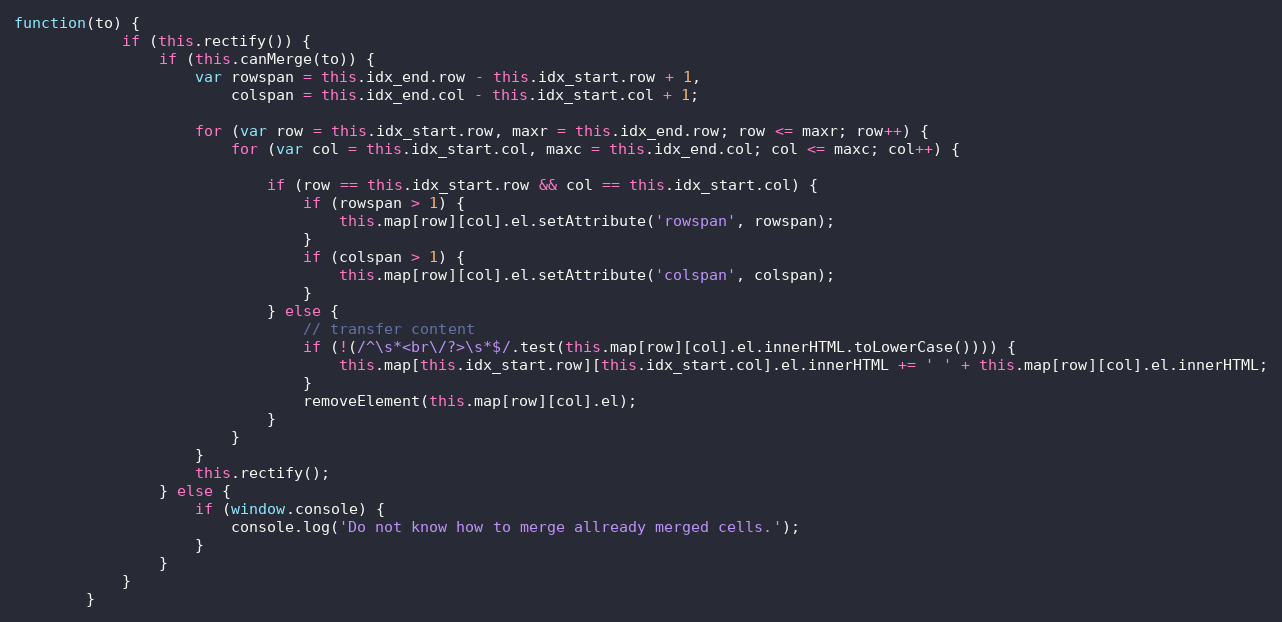
Language: JavaScript
function(to) {
            if (this.rectify()) {
                if (this.canMerge(to)) {
                    var rowspan = this.idx_end.row - this.idx_start.row + 1,
                        colspan = this.idx_end.col - this.idx_start.col + 1;

                    for (var row = this.idx_start.row, maxr = this.idx_end.row; row <= maxr; row++) {
                        for (var col = this.idx_start.col, maxc = this.idx_end.col; col <= maxc; col++) {

                            if (row == this.idx_start.row && col == this.idx_start.col) {
                                if (rowspan > 1) {
                                    this.map[row][col].el.setAttribute('rowspan', rowspan);
                                }
                                if (colspan > 1) {
                                    this.map[row][col].el.setAttribute('colspan', colspan);
                                }
                            } else {
                                // transfer content
                                if (!(/^\s*<br\/?>\s*$/.test(this.map[row][col].el.innerHTML.toLowerCase()))) {
                                    this.map[this.idx_start.row][this.idx_start.col].el.innerHTML += ' ' + this.map[row][col].el.innerHTML;
                                }
                                removeElement(this.map[row][col].el);
                            }
                        }
                    }
                    this.rectify();
                } else {
                    if (window.console) {
                        console.log('Do not know how to merge allready merged cells.');
                    }
                }
            }
        }